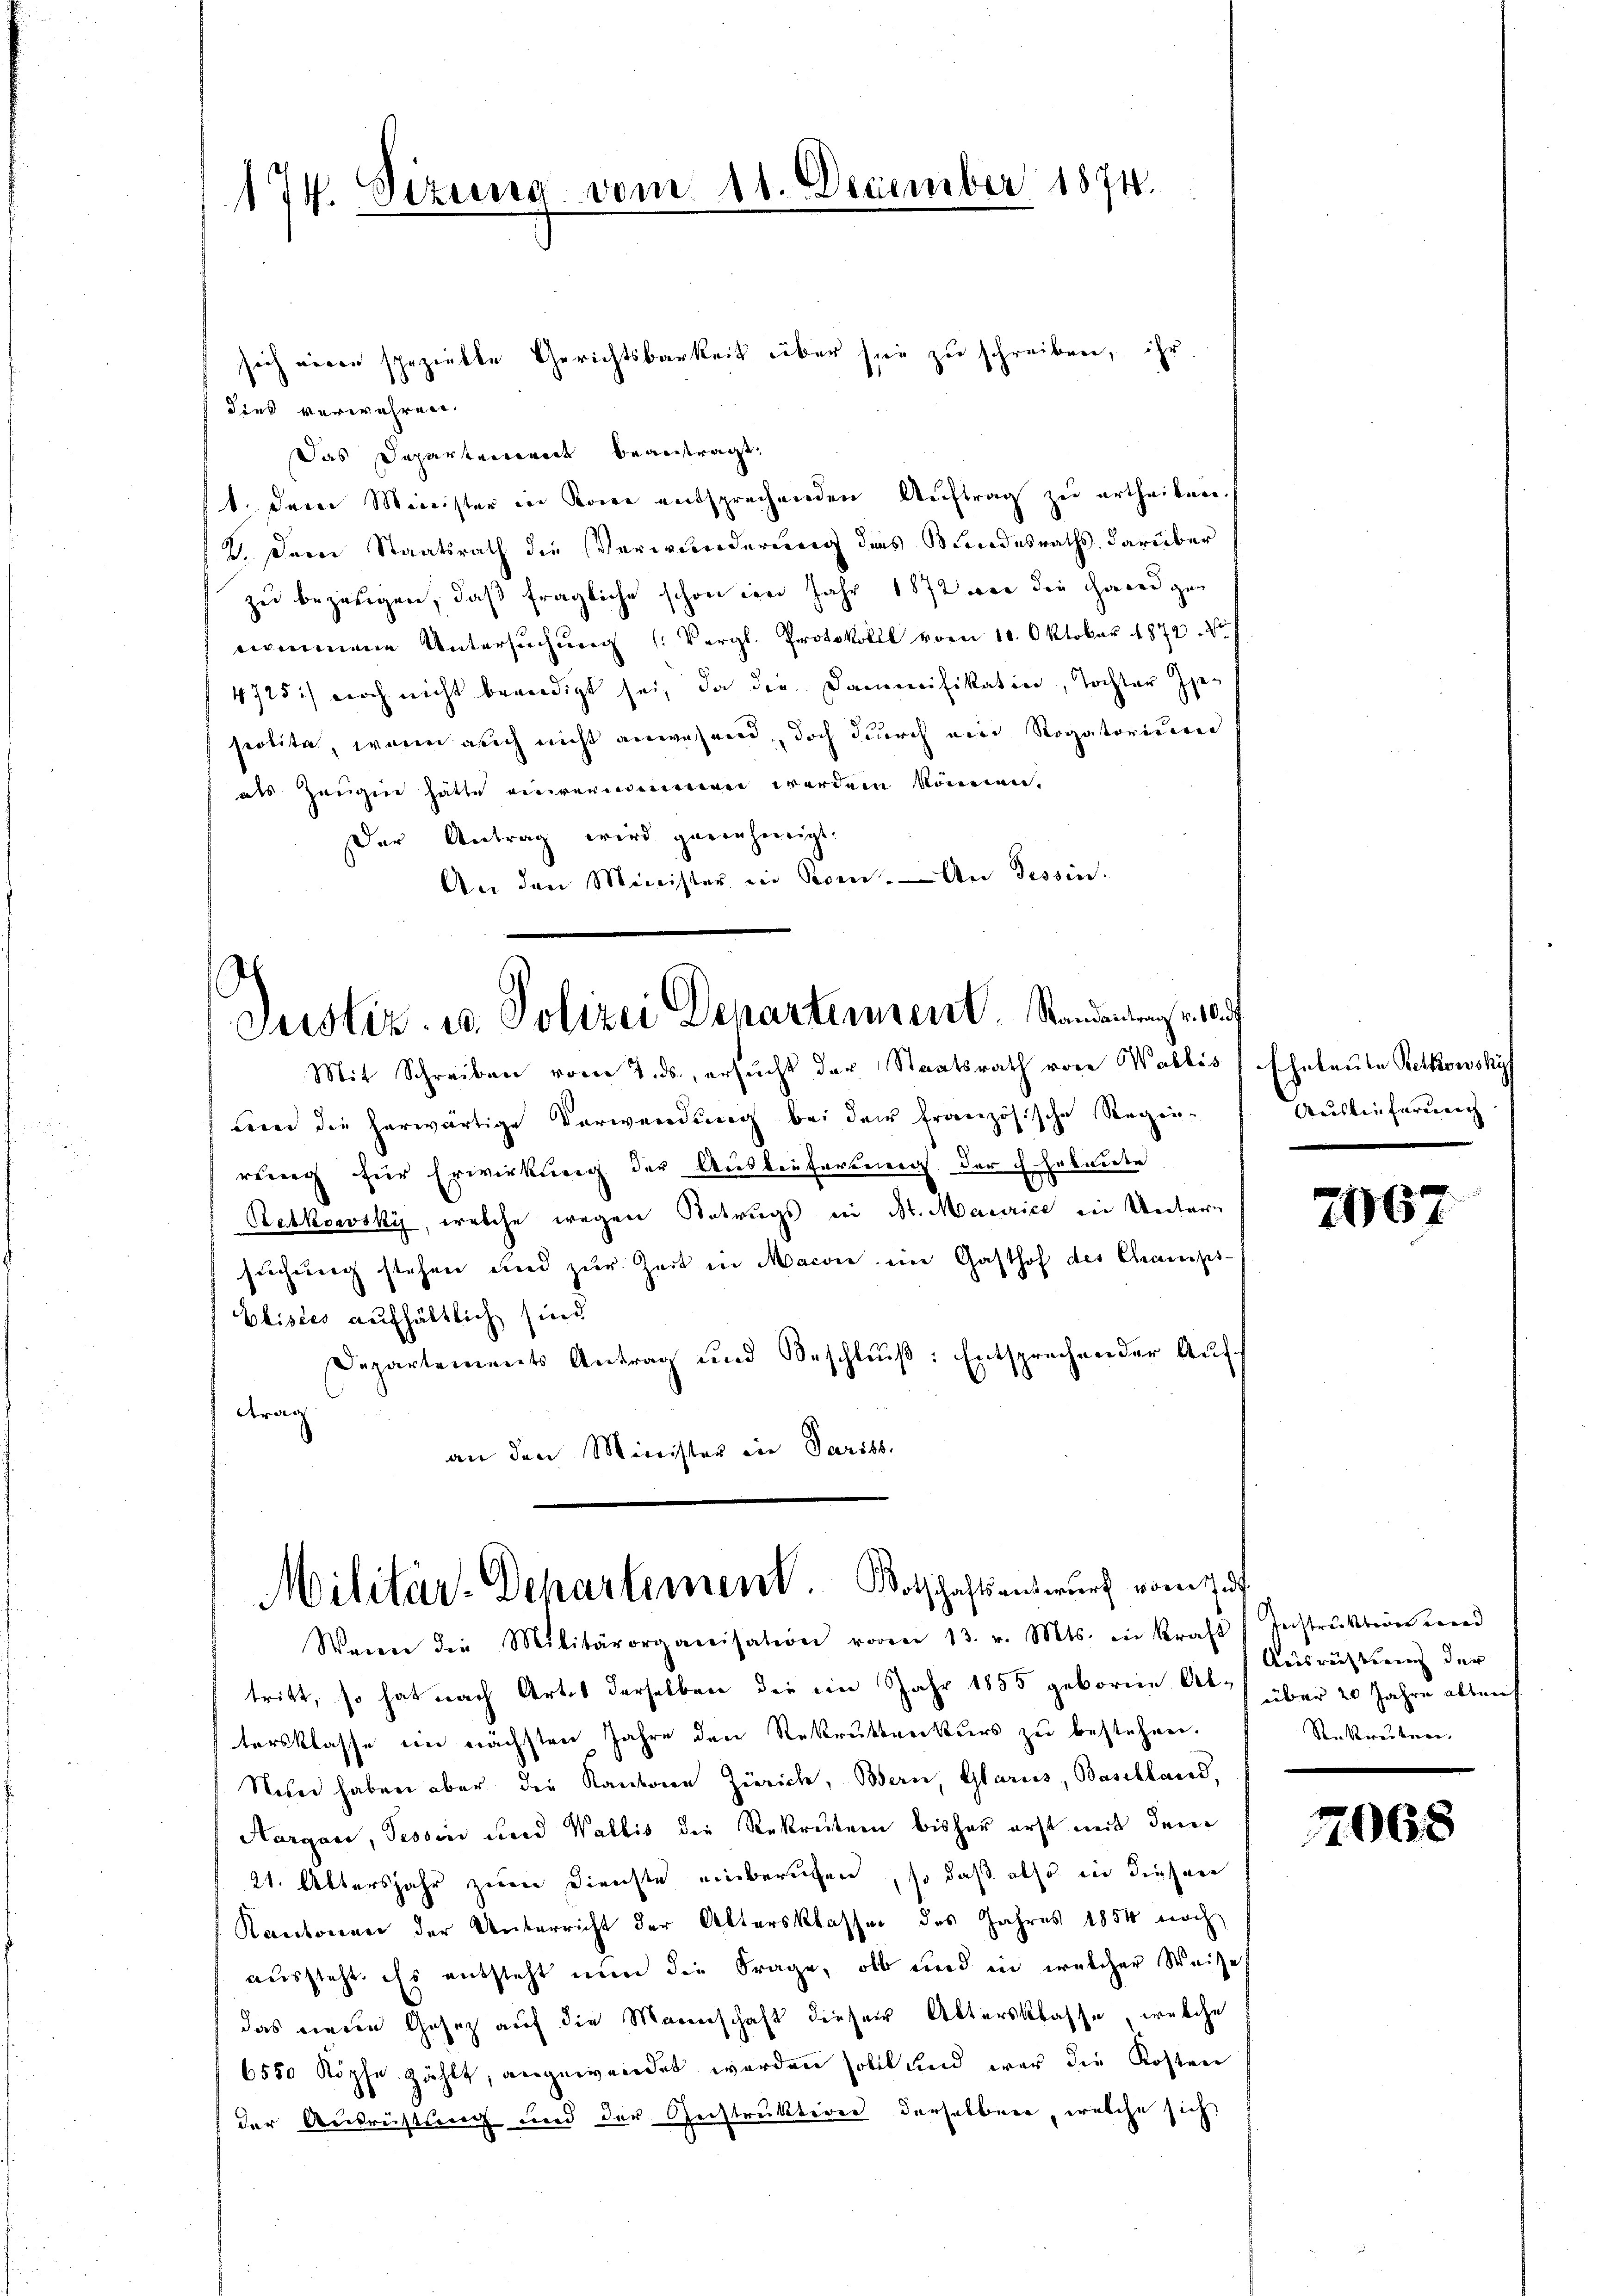
174. Sizung vom 11. Dezember 1874.

sich wegen spezielte Gerichtsbarkeit über sie zu schreiben, ihr
dies verwahren.
Das Departement beantragt,
1. dem Minister in Koni entsprechenden Auftrag zu ertheilen.
2. Dein Staatsrath die Verwunderung des Bundesraths darüber
zu bezeugen, daß fragliche schon im Jahr 1872 wie die Handgenommene Untersuchung (Vergl. Protokoll vom 10. Oktober 1872 No
4725) noch nicht berirdigt sei, da die Dammifikation, Tochter Geseolite, wenn auch nicht anwesend, doch durch ein Rogatorium
als Zeugen hätte einvernennen werden können.
Der Antrag wird genehmigt.
An den Minister in Rom. An Tessin.

Justiz- u. Polizei Departement. Kanderung u.

Mit Schreiben vom 7. ds., ersucht der Staatsrath von Wallis (Eheleute Retkowskyf
um die herwärtige Verwendung bei der französische Regie-
rung für Erwirkung der Ausliefertung der Erbaute
Retkowsky, welche wegen Betrugs in St. Maurice in Untersuchung stehen und zŭr Zeit in Macon ein Gasthof des Champs-
Elisées aufhältlich sind
Departements Antrag und Beschlŭβ: Entsprechender Aufttrag
an den Minister in Pariss.

Militär-Departement. Botschaftsentwurf vom 15.

Wenn die Militärorganisation vom 13. v. Mts. in Kraft Instruktion und
tritt, so hat nach Artes derselben die im Jahr 1855 geborene At) über 20 Jahre alten
tersklasse im nächsten Jahre den Rekruttenkurs zu bestehen.
Nun haben aber die Kantone Zürich, Bern, Glarus, Baselland,
Aargau, Tessin und Wallis die Rekruten bisher erst mit dem
21. Attersjahr zum Dienste einberufen, so daß also in diesen
Kantonen der Unterricht der Altersklassen des Jahres 1854 noch
aussteht, ist entsteht nun die Frage, ob und in welcher Weise
das neuen Gesetz auf die Mannschaft dieser Aktersklasse, welche
6550 Köpfe zählt, angewendet werden sollt und war die Kosten
der Ausrichtung und der Instruktione derselben, welche sich

Auslieferung

2067

Ausrichtung der
Reckwedenen

2068